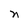
Character: n